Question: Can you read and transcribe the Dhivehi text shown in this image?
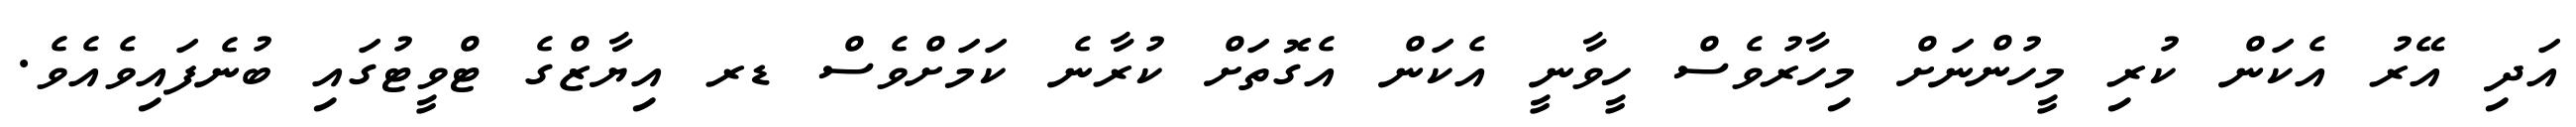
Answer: އަދި އޭރު އެކަން ކުރި މީހުންނަށް މިހާރުވެސް ހީވާނީ އެކަން އެގޮތަށް ކުރާނެ ކަމަށްވެސް ޑރ އިޔާޒްގެ ޓްވީޓުގައި ބުނެފައިވެއެވެ.